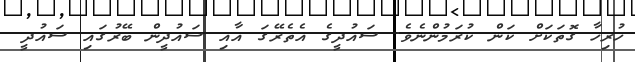
ހުރިހާ ގޮތަކަށް ކަން ކުރަމުންނެވެ. ސައުދީގެ އެތެރޭގަ އާއި ސައުދީން ބޭރުގައި ސައުދީ